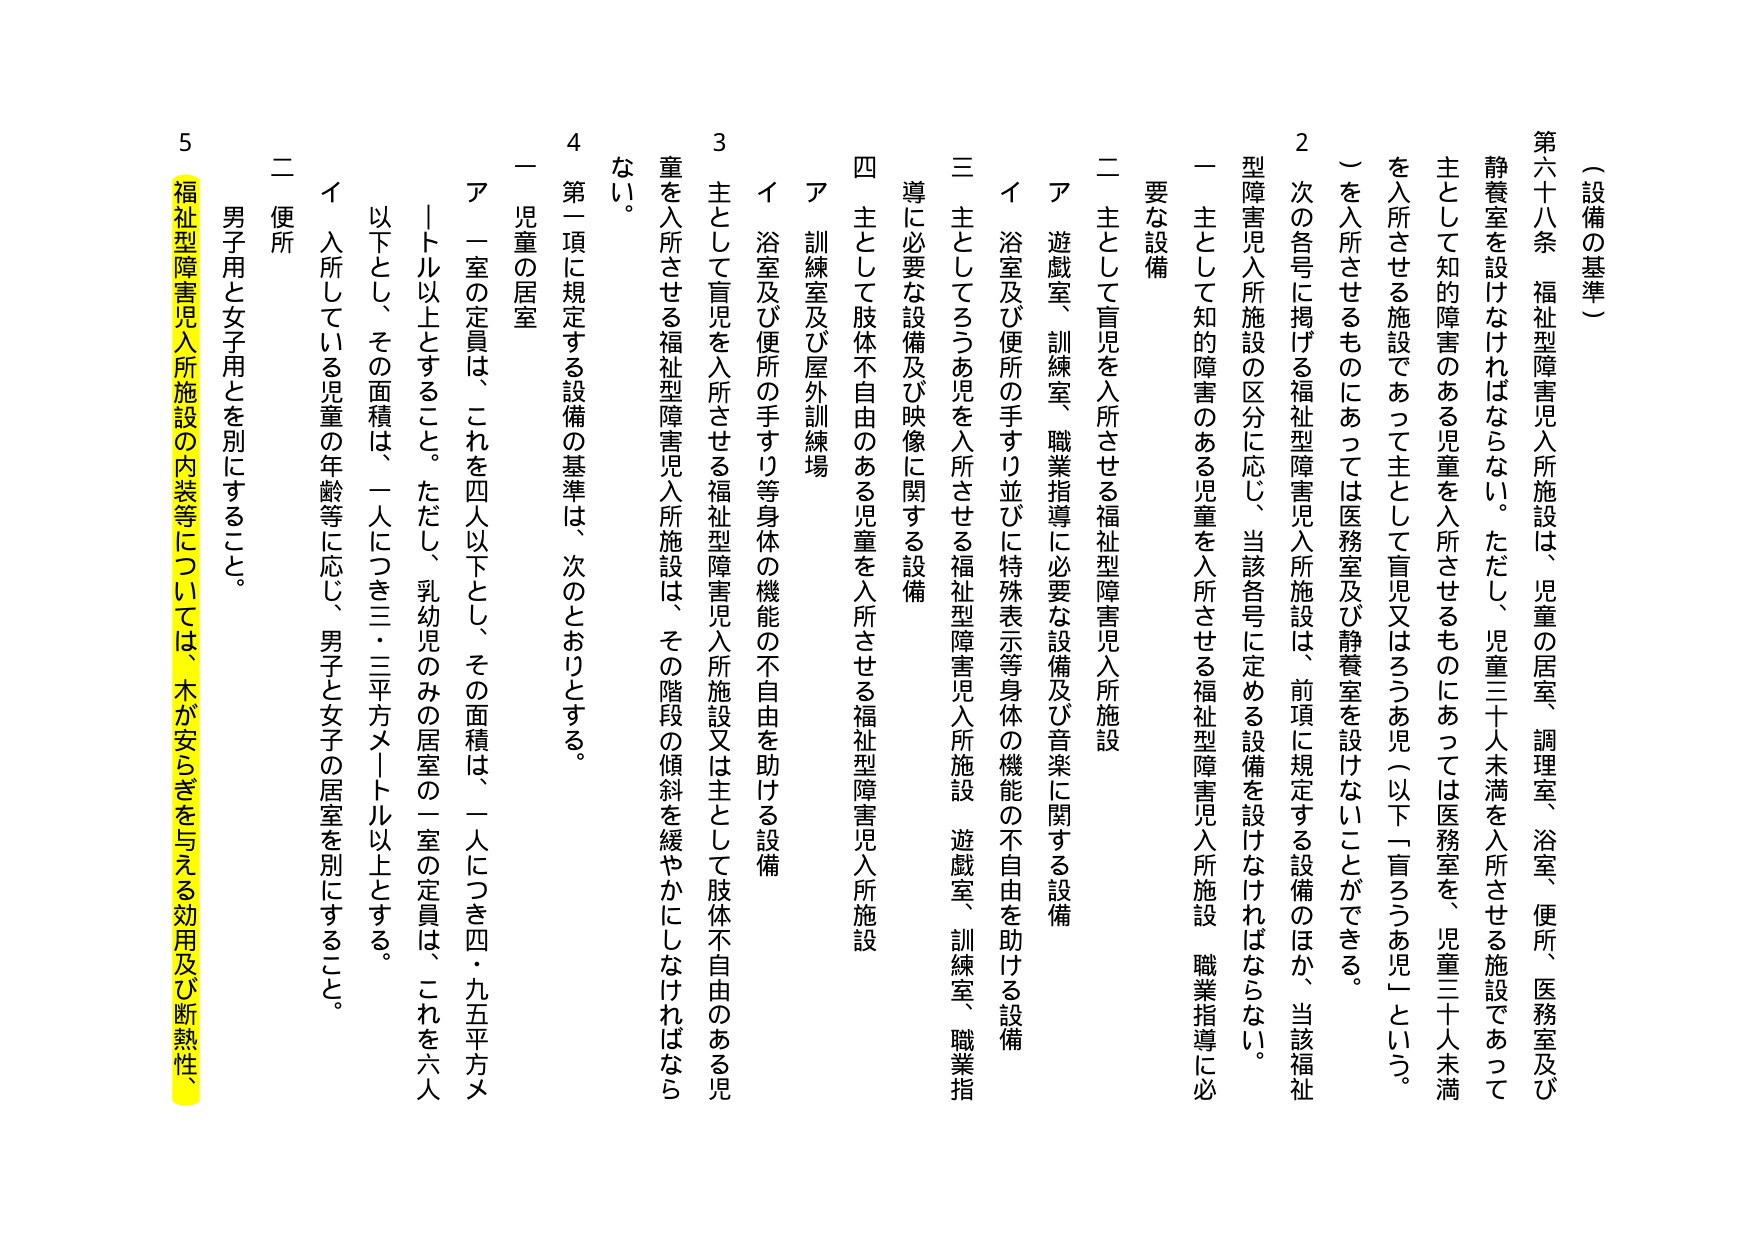
（設備の基準）

第六十八条　福祉型障害児入所施設は、児童の居室、調理室、浴室、便所、医務室及び静養室を設けなければならない。ただし、児童二十人未満を入所させる施設であって主として知的障害のある児童を入所させるものにあっては医務室を、児童三十人未満を入所させる施設であって主として盲児又はろうあ児（以下「盲ろうあ児」という。）を入所させるものにあっては医務室及び静養室を設けないことができる。

２　次の各号に掲げる福祉型障害児入所施設は、前項に規定する設備のほか、当該福祉型障害児入所施設の区分に応じ、当該各号に定める設備を設けなければならない。

一　主として知的障害のある児童を入所させる福祉型障害児入所施設　職業指導に必要な設備

二　主として盲児を入所させる福祉型障害児入所施設

　ア　遊戯室、訓練室、職業指導に必要な設備及び音楽に関する設備

　イ　浴室及び便所の手すり並びに特殊表示等身体の機能の不自由を助ける設備

三　主としてろうあ児を入所させる福祉型障害児入所施設　遊戯室、訓練室、職業指導に必要な設備及び映像に関する設備

四　主として肢体不自由のある児童を入所させる福祉型障害児入所施設

　ア　訓練室及び屋外訓練場

　イ　浴室及び便所の手すり等身体の機能の不自由を助ける設備

３　主として盲児を入所させる福祉型障害児入所施設又は主として肢体不自由のある児童を入所させる福祉型障害児入所施設は、その階段の傾斜を緩やかにしなければならない。

４　第一項に規定する設備の基準は、次のとおりとする。

一　児童の居室

　ア　一室の定員は、これを四人以下とし、その面積は、一人につき四・九五平方メートル以上とすること。ただし、乳幼児のみの居室の一室の定員は、これを六人以下とし、その面積は、一人につき三・三平方メートル以上とする。

　イ　入所している児童の年齢等に応じ、男子と女子の居室を別にすること。

二　便所

　男子用と女子用とを別にすること。

５　福祉型障害児入所施設の内装等については、木が安らぎを与える効用及び断熱性、